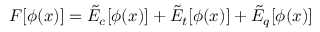
{ \cal F } [ \phi ( x ) ] = \tilde { \cal E } _ { c } [ \phi ( x ) ] + \tilde { \cal E } _ { t } [ \phi ( x ) ] + \tilde { \cal E } _ { q } [ \phi ( x ) ]